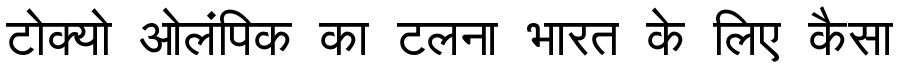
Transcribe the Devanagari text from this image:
टोक्यो ओलंपिक का टलना भारत के लिए कैसा